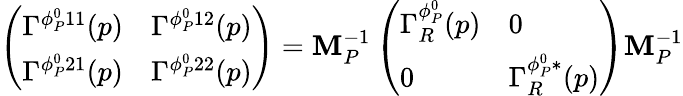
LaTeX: \left(\begin{array}{ll}{{\Gamma^{\phi_{P}^{0}11}(p)}}&{{\Gamma^{\phi_{P}^{0}12}(p)}}\\ {{\Gamma^{\phi_{P}^{0}21}(p)}}&{{\Gamma^{\phi_{P}^{0}22}(p)}}\end{array}\right)=\mathbf{M}_{P}^{-1}\left(\begin{array}{ll}{{\Gamma_{R}^{\phi_{P}^{0}}(p)}}&{{0}}\\ {{0}}&{{\Gamma_{R}^{\phi_{P}^{0}*}(p)}}\end{array}\right)\mathbf{M}_{P}^{-1}